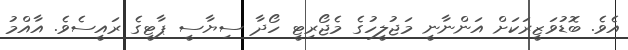
އެވެ. ބޮޑުވަޒީރަކަށް އަންނާނީ މަޖުލީހުގެ މެޖޯރިޓީ ހޯދާ ސިޔާސީ ޕާޓީގެ ރައީސެވެ. އާއްމު